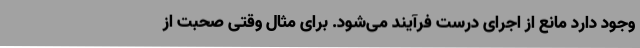
وجود دارد مانع از اجرای درست فرآیند می‌شود. برای مثال وقتی صحبت از